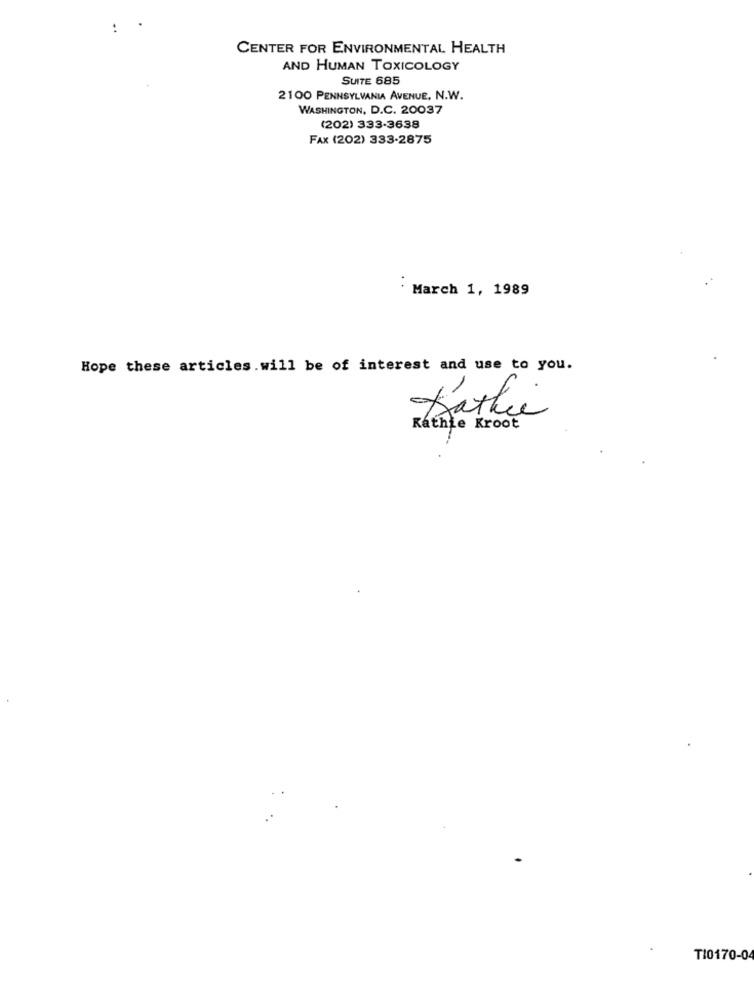
:
CENTER FOR ENVIRONMENTAL HEALTH
AND HUMAN TOXICOLOGY
SUITE 685
2100 PENNSYLVANIA AVENUE, N.W.
WASHINGTON, D.C. 20037
(202) 333-3638
FAX (202) 333-2875
March 1, 1989
Hope these articles.will be of interest and use to you.
Kathie
Kathie Kroot
TI0170-04